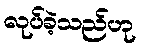
လုပ်ခဲ့သည်ဟု